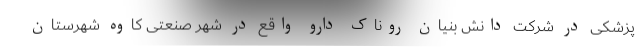
پزشکی در شرکت دانش بنیان روناک دارو واقع در شهر صنعتی کاوه شهرستان